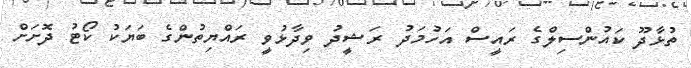
ތުޅާދޫ ކައުންސިލްގެ ރައީސް އަހުމަދު ރަޝީދު ވިދާޅުވީ ރައްޔިތުންގެ ބަޔަކު ކޯޓު ދޮށަށް